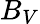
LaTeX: B_{V}